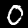
Digit: 0